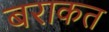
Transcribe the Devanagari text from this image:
बराकत